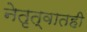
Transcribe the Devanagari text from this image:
नेतृत्वातही